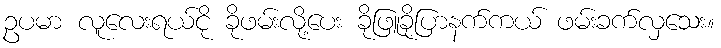
ဥပမာ လူလေးရယ်ငို ခိုဖမ်းလို့ပေး ခိုဖြူခိုပြာနက်ကယ် ဖမ်းခက်လှသေး။